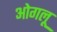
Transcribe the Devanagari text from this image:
ओगलू